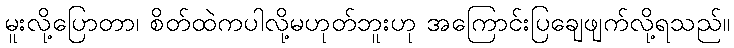
မူးလို့ပြောတာ၊ စိတ်ထဲကပါလို့မဟုတ်ဘူးဟု အကြောင်းပြချေဖျက်လို့ရသည်။